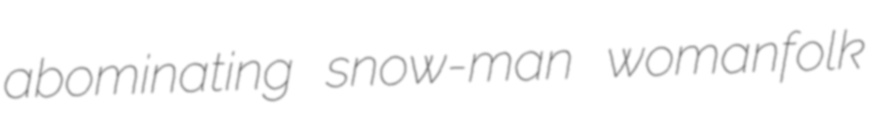
abominating snow-man womanfolk